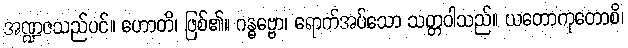
အဏ္ဍဇသည်ပင်။ ဟောတိ၊ ဖြစ်၏။ ဂန္ဓဗ္ဗော၊ ရောက်အပ်သော သတ္တဝါသည်။ ယတောကုတောစိ၊